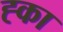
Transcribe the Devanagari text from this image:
ह्का